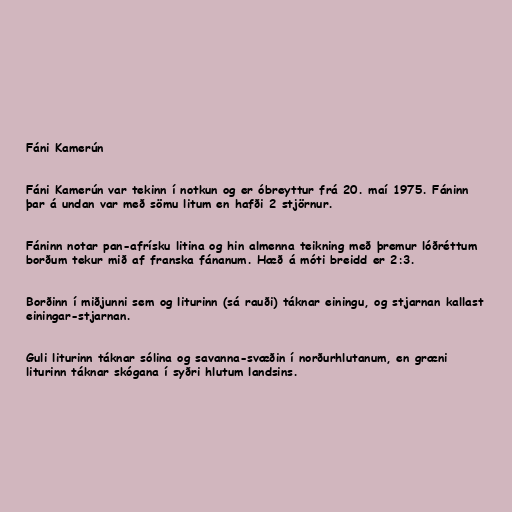
Fáni Kamerún

Fáni Kamerún var tekinn í notkun og er óbreyttur frá 20. maí 1975. Fáninn
þar á undan var með sömu litum en hafði 2 stjörnur.

Fáninn notar pan-afrísku litina og hin almenna teikning með þremur lóðréttum
borðum tekur mið af franska fánanum. Hæð á móti breidd er 2:3.

Borðinn í miðjunni sem og liturinn (sá rauði) táknar einingu, og stjarnan kallast
einingar-stjarnan.

Guli liturinn táknar sólina og savanna-svæðin í norðurhlutanum, en græni
liturinn táknar skógana í syðri hlutum landsins.